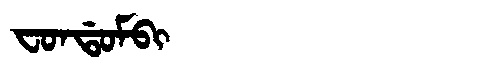
Manchu: ᠸᠣᠨᡩᠣᠮᠪᡳ
Romanization: FONDOMBI